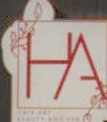
A